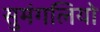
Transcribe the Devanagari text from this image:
सुमंगलियो